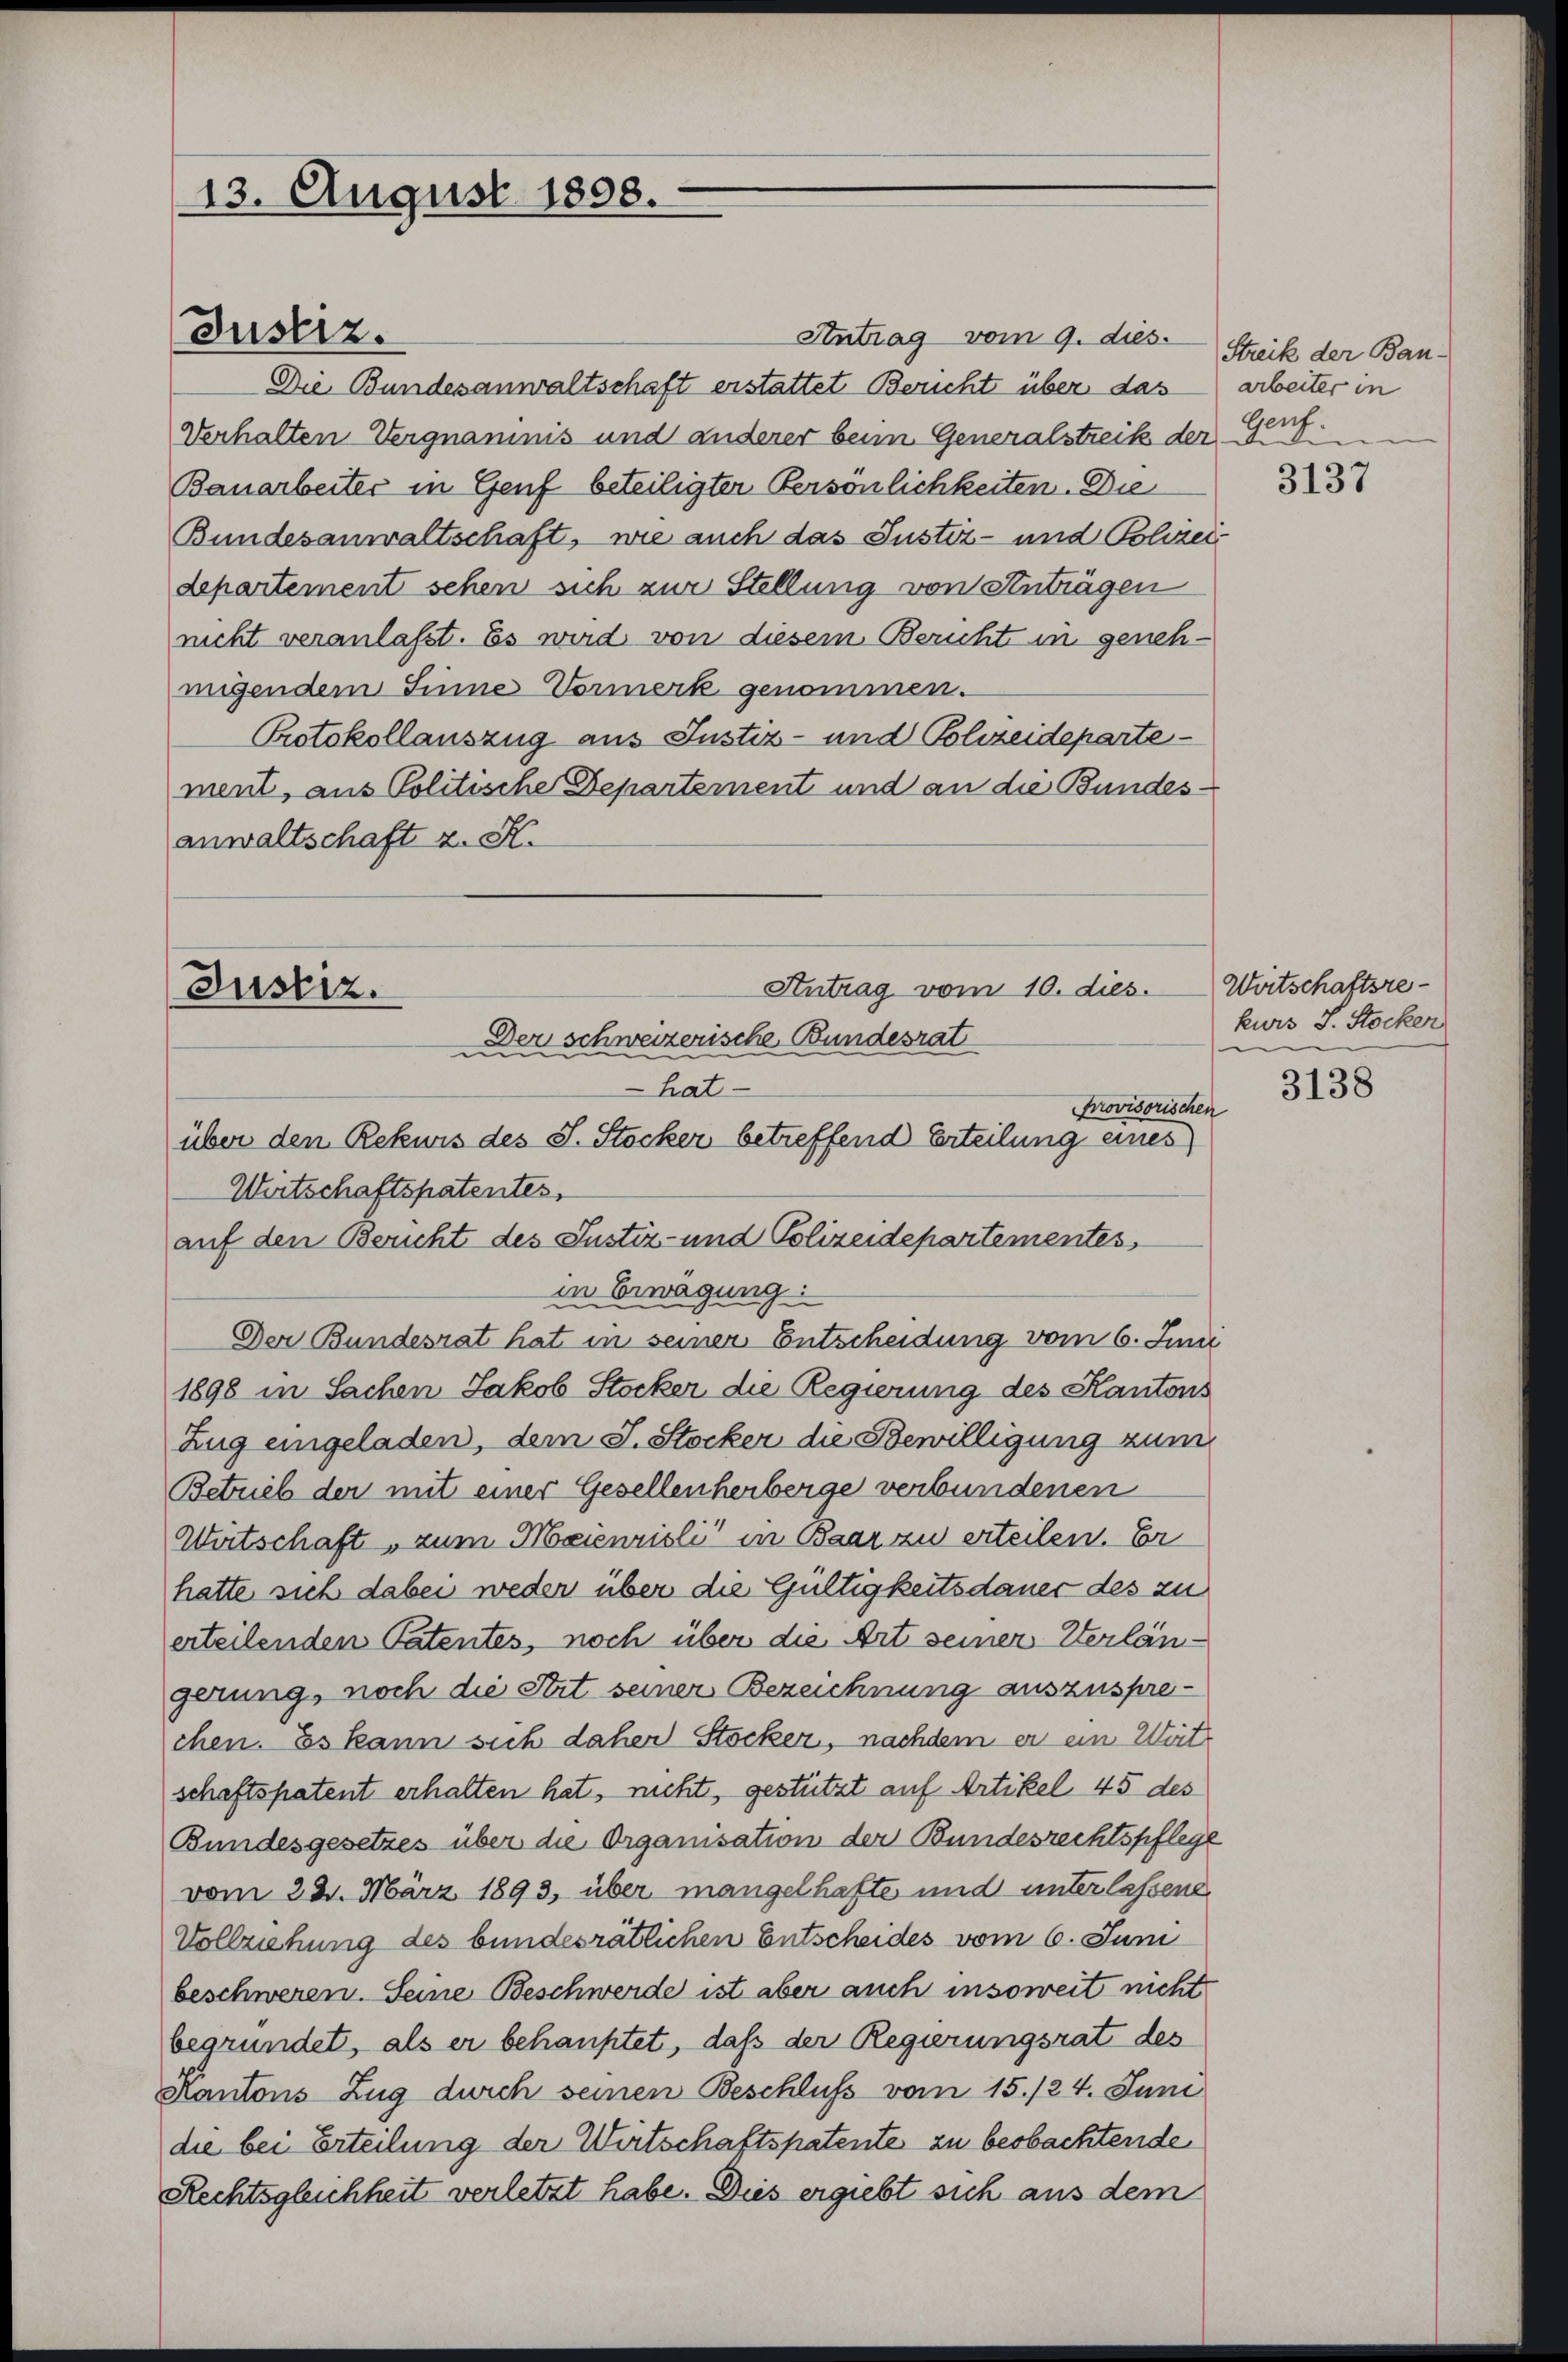
13. August 1898.

Justiz.

Antrag vom 10. dies.
Justiz.
Der schweizerische Bundesrat

Antrag vom 9. dies
Die Bundesanwaltschaft erstattet Bericht über das
Verhalten Vergnamnis und anderer beim Generalstreik der Genf.
Bauarbeiter in Genf beteiligter Persönlichkeiten. Die
Bundesanwaltschaft, wie auch das Justiz- und Polizeidepartement sehen sich zur Stellung von Anträgen
nicht veranlaßt. Es wird von diesem Bericht in genehmigendem Sinne Vormerk genommen.
Protokollauszug aus Justiz- und Polizeideparte
ment, aus Politische Departement und an die Bundesanwaltschaft u. H.

hat
Provisorischen
über den Rekuris des S. Stocker betreffend Erteilung eines
Wirtschaftspatentes,
auf den Bericht des Justiz- und Polizeidepartementes,
in Erwägung:
Der Bundesrat hat in seiner Entscheidung vom 6. Juni
1898 in Sachen Jakob Stocker die Regierung des Kantons
Zug eingeladen, dem J. Stocker die Bewilligung zum
Betrieb der mit einer Gesellenherberge verbundenen
Wirtschaft zum Meienrisli in Baar zu erteilen. Er
hatte sich dabei weder über die Gültigkeitsdauer des zu
erteilenden Patentes, noch über die Art seiner Sterlängerung, noch die Stit seiner Bezeichnung auszusprechen. Es kann sich daher Stocker, nachdem er ein Wirt
schaftspatent erhalten hat, nicht, gestützt auf Artikel 45 des
Bundesgesetzes über die Organisation der Bundesrechtspflege
vom 22. März 1893, über mangelhafte und unterlassene
Vollziehung des bundesrätlichen Entscheides vom 6. Juni
beschweren. Seine Beschwerde ist aber auch insoweit nicht
begründet, als er behauptet, daß der Regierungsrat des
Kantons Zug durch seinen Beschluß vom 15./24. Juni
die bei Erteilung der Wirtschaftspatente zu beobachtende
Rechtsgleichheit verletzt habe. Dies ergiebt sich aus dem

Streik der Bau-
arbeiter in

3137

Wirtschaftsrekurs S. Stocker

3138